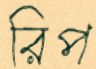
রিপ